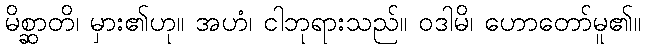
မိစ္ဆာတိ၊ မှား၏ဟု။ အဟံ၊ ငါဘုရားသည်။ ဝဒါမိ၊ ဟောတော်မူ၏။